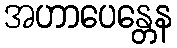
အဟာပေန္တေန